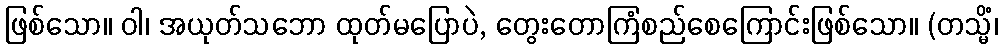
ဖြစ်သော။ ဝါ၊ အယုတ်သဘော ထုတ်မပြောပဲ, တွေးတောကြံစည်စေကြောင်းဖြစ်သော။ (တသ္မိံ၊